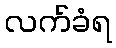
လက်ခံရ